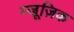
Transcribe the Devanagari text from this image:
म्जूज़िक